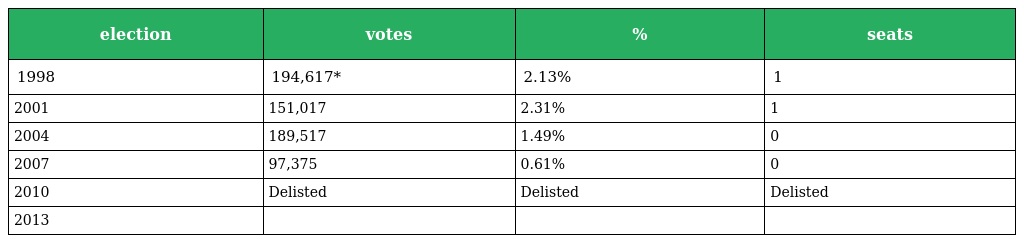
| election | votes | % | seats |
 | --- | --- | --- | --- |
 | 1998 | 194,617* | 2.13% | 1 |
 | 2001 | 151,017 | 2.31% | 1 |
 | 2004 | 189,517 | 1.49% | 0 |
 | 2007 | 97,375 | 0.61% | 0 |
 | 2010 | Delisted | Delisted | Delisted |
 | 2013 |  |  |  |